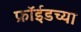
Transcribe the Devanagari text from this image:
फ्रॉईडच्या